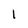
Character: 1